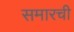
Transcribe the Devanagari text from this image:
समारची